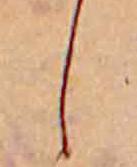
し